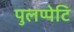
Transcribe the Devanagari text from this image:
पुलप्पेटि